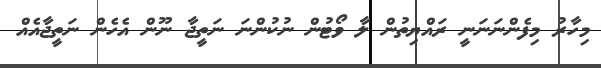
މިހާރު މިފެންނަނަނީ ރައްޔިތުން ލާ ވޯޓުން ނުކުންނަ ނަތީޖާ ނޫން އެހެން ނަތީޖާއެއް